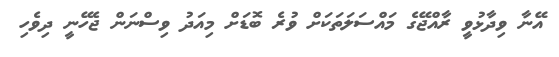
އޭނާ ވިދާޅުވީ ރާއްޖޭގެ މައްސަލަތަކަށް ވުރެ ބޮޑަށް މިއަދު ވިސްނަން ޖެހޭނީ ދިވެހި